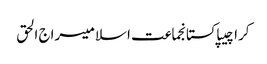
کراچیپاکستانجماعت اسلامیسراج الحق